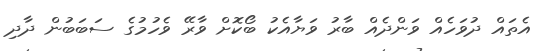
އެތައް ދުވަހެއް ވަންދެއް ބާރު ވަޔާއެކު ބޯކޮށް ވާރޭ ވެހުމުގެ ސަބަބުން ދާދި